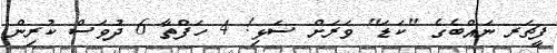
ފީޗަރ ނައްބެގެ "ކަޑަ" ވަރަށް ސަޅި! 4 ހަފްތާ 6 ދުވަސް ކުރިން